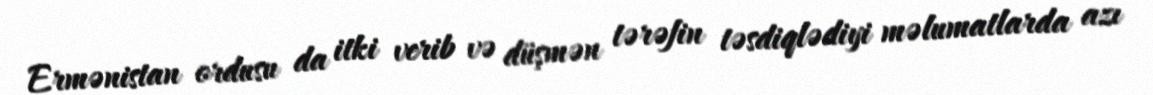
Ermənistan ordusu da itki verib və düşmən tərəfin təsdiqlədiyi məlumatlarda azı